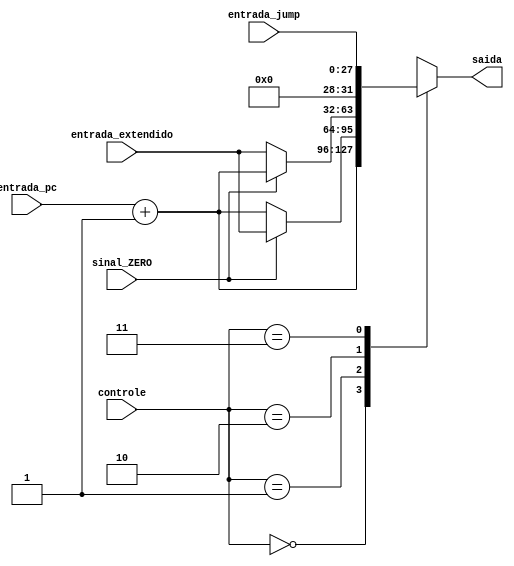
module MUX_4 (entrada_pc, entrada_extendido, entrada_jump, saida, controle, sinal_ZERO);

	// input
	input [31:0] entrada_pc;
	input [31:0] entrada_extendido;
	input [27:0] entrada_jump;
	input [1:0] controle;
	input sinal_ZERO;

	// output 
	output reg [31:0] saida;
	
	always @ (*) begin
	
		case(controle[1:0])
		
			2'b00: saida = entrada_pc + 1; // PC + 1
			2'b01: begin // BRANCH ON EQUAL
				if(sinal_ZERO == 1) begin
					saida = entrada_extendido;
				end
				else begin
					saida = entrada_pc + 1; // PC + 1
				end
			end
			2'b10: begin // BRANCH NOT EQUAL
				if(sinal_ZERO == 0) begin
					saida = entrada_extendido;
				end
				else begin
					saida = entrada_pc + 1; // PC + 1
				end
			end
			2'b11: begin // JUMP
				saida = entrada_jump;	
			end
		endcase
	end
	
endmodule